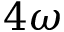
4 \omega